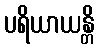
ပရိယာယန္တိ